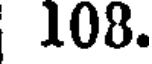
108.